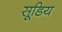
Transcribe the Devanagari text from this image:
सूडिय